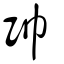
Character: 帥